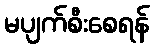
မပျက်စီးစေရန်